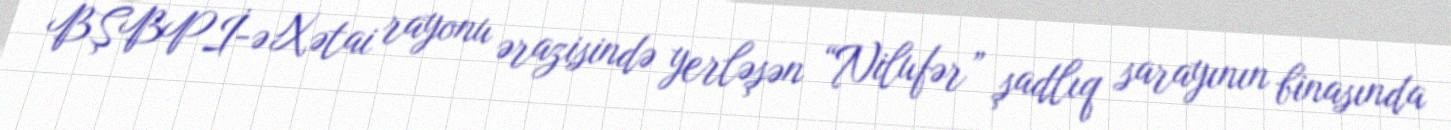
BŞBPİ-ə Xətai rayonu ərazisində yerləşən “Nilufər” şadlıq sarayının binasında